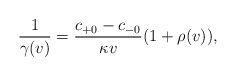
\begin{align*} \frac{1}{\gamma(v)}=\frac{c_{+0}-c_{-0}}{\kappa v}(1+\rho(v)),\end{align*}